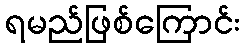
ရမည်ဖြစ်ကြောင်း